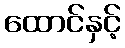
ထောင်နှင့်